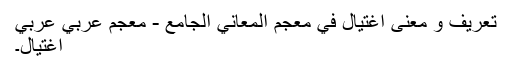
تعريف و معنى اغتيال في معجم المعاني الجامع - معجم عربي عربي
اغتيال۔